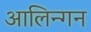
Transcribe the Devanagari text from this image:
आलिन्गन